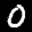
Label: 0